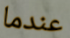
عندما